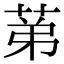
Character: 𦯔